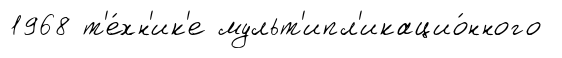
1968 т'е́хн'ик'е мульт'ипл'икацио́нного